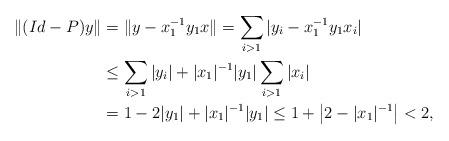
LaTeX: \begin{align*} \|(Id-P)y\| & = \|y - x_1^{-1}y_1x\| = \sum_{i > 1}|y_i - x_1^{-1}y_1x_i|\\ &\le \sum_{i > 1}|y_i| + |x_1|^{-1}|y_1| \sum_{i > 1} |x_i| \\ & = 1 - 2|y_1| + |x_1|^{-1}|y_1| \le 1 + \big|2 - |x_1|^{-1}\big| < 2, \end{align*}